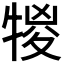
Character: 𤚠